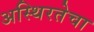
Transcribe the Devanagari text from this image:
अस्थिरतेचा